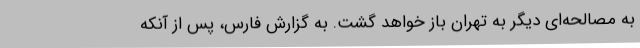
به مصالحه‌ای دیگر به تهران باز خواهد گشت. به گزارش فارس، پس از آنکه